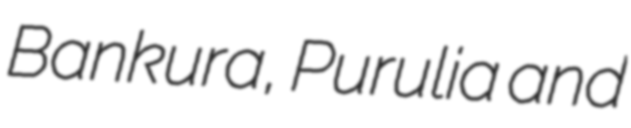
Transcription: Bankura, Purulia and